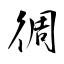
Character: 徟